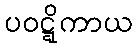
ပဝဋ္ဋိကာယ